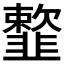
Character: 𩐋